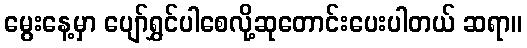
မွေးနေ့မှာ ပျော်ရွှင်ပါစေလို့ဆုတောင်းပေးပါတယ် ဆရာ။